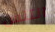
التنس